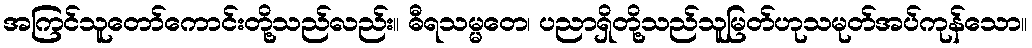
အကြင်သူတော်ကောင်းတို့သည်လည်း။ ဓီရသမ္မတေ၊ ပညာရှိတို့သည်သူမြတ်ဟုသမုတ်အပ်ကုန်သော။